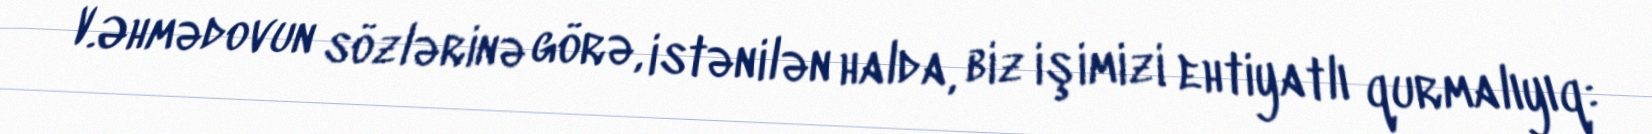
V.Əhmədovun sözlərinə görə, istənilən halda, biz işimizi ehtiyatlı qurmalıyıq: